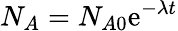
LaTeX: N_{A}=N_{A0}\mathrm{e}^{-{\lambda}t}